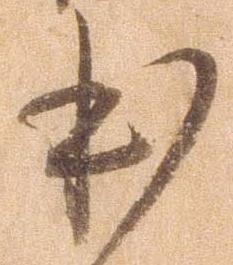
本